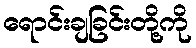
ရောင်းချခြင်းတို့ကို